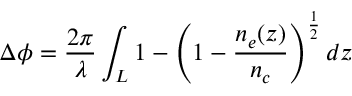
\Delta \phi = \frac { 2 \pi } { \lambda } \int _ { L } 1 - \left( 1 - \frac { n _ { e } ( z ) } { n _ { c } } \right) ^ { \frac { 1 } { 2 } } d z